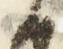
候